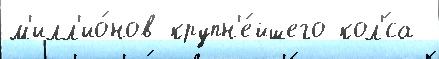
м'илл'ио́нов крупн'е́йшего кол'́са